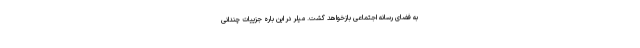
به فضای رسانه اجتماعی بازخواهد گشت. میلر در این باره جزییات چندانی